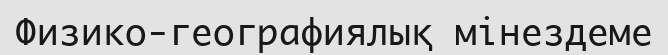
Физико-географиялық мінездеме